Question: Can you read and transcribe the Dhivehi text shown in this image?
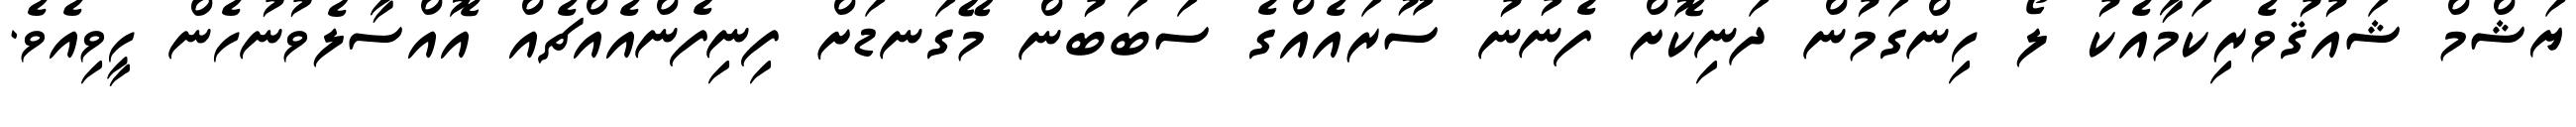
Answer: ޔަޝްމް ޝައުޤުވެރިކަމާއެކު ލޯ ހިންގަމުން ދަނިކޮށް ފެނުނު ސޫރައެއްގެ ސަބަބުން މޭގަނޑަށް ފިނިފެންއެއްޗެއް އޮއްސާލެވުނުހެން ހީވިއެވެ.